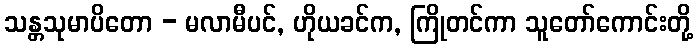
သန္တသုမာပိတော - မလာမီပင်, ဟိုယခင်က, ကြိုတင်ကာ သူတော်ကောင်းတို့